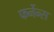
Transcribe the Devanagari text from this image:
फर्नेन्स